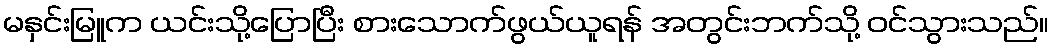
မနှင်းမြူက ယင်းသို့ပြောပြီး စားသောက်ဖွယ်ယူရန် အတွင်းဘက်သို့ ဝင်သွားသည်။